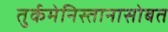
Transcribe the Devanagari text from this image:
तुर्कमेनिस्तानासोबत